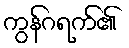
ကွန်ဂရက်၏